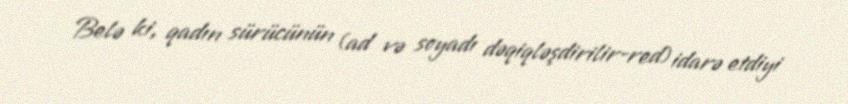
Belə ki, qadın sürücünün (ad və soyadı dəqiqləşdirilir-red) idarə etdiyi